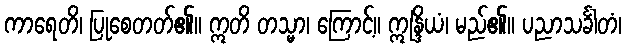
ကာရေတိ၊ ပြုစေတတ်၏။ ဣတိ တသ္မာ၊ ကြောင့်။ ဣန္ဒြိယံ၊ မည်၏။ ပညာသင်္ခါတံ၊